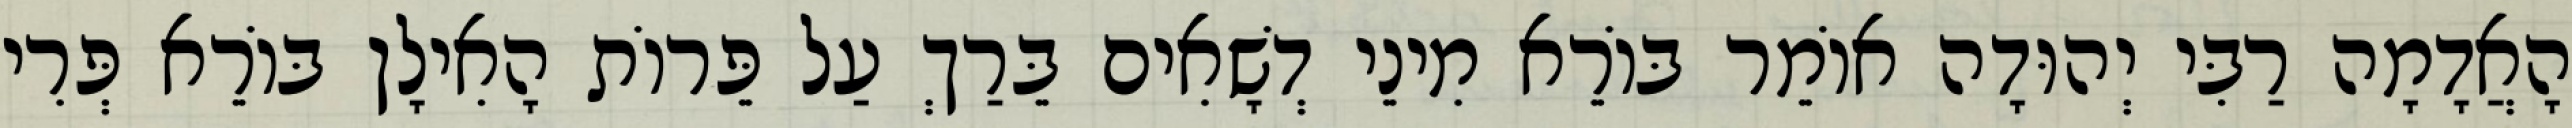
הָאֲדָמָה רַבִּי יְהוּדָה אוֹמֵר בּוֹרֵא מִינֵי דְשָׁאִים בֵּרַךְ עַל פֵּרוֹת הָאִילָן בּוֹרֵא פְּרִי